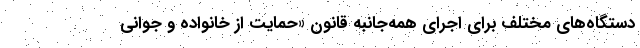
دستگاه‌های مختلف برای اجرای همه‌جانبه قانون «حمایت از خانواده و جوانی